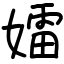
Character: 𡢽